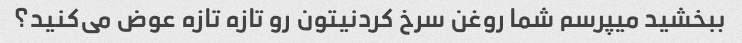
ببخشید میپرسم شما روغن سرخ کردنیتون رو تازه تازه عوض می‌کنید؟